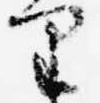
里